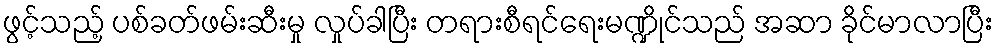
ဖွင့်သည့် ပစ်ခတ်ဖမ်းဆီးမှု လှုပ်ခါပြီး တရားစီရင်ရေးမဏ္ဍိုင်သည် အဆာ ခိုင်မာလာပြီး